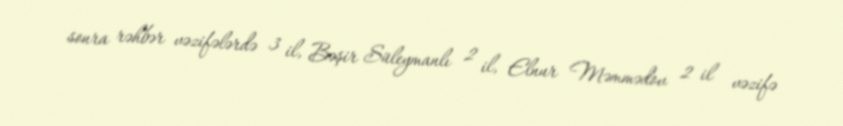
sonra rəhbər vəzifələrdə 3 il, Bəşir Süleymanlı 2 il, Elnur Məmmədov 2 il vəzifə